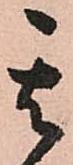
其